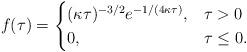
LaTeX: \begin{align*}f(\tau) =\begin{cases} (\kappa \tau)^{-3/2}e^{-1/(4 {\kappa \tau})}, & \tau>0\\ 0, & \tau \leq 0. \end{cases}\end{align*}